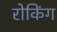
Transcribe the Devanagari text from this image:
रोकिंग